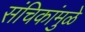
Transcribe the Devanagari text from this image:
संचिकांमुळे